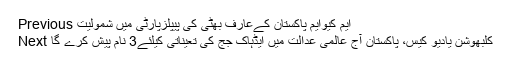
Previous ایم کیوایم پاکستان کےعارف بھٹی کی پیپلزپارٹی میں شمولیت
Next کلبھوشن یادیو کیس، پاکستان آج عالمی عدالت میں ایڈہاک جج کی تعیناتی کیلئے3 نام پیش کرے گا